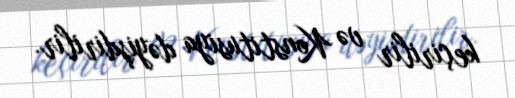
keçirilir və Konstitusiya dəyişdirilir.